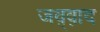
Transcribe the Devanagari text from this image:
जव़्व़ाद